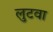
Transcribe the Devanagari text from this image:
लुटवा